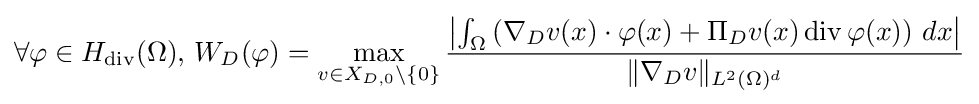
\forall \varphi \in H_{\operatorname {div} }(\Omega ),\,W_{D}(\varphi )=\max _{v\in X_{D,0}\setminus \{0\}}{\frac {\left|\int _{\Omega }\left(\nabla _{D}v(x)\cdot \varphi (x)+\Pi _{D}v(x)\operatorname {div} \varphi (x)\right)\,dx\right|}{\Vert \nabla _{D}v\Vert _{L^{2}(\Omega )^{d}}}}